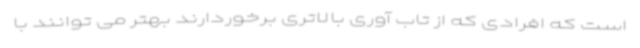
است که افرادی که از تاب آوری بالاتری برخوردارند بهتر می توانند با